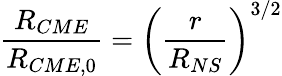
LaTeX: \frac{R_{CME}}{R_{CME,0}}=\left(\frac{r}{R_{NS}}\right)^{3/2}